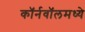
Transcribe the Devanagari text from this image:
कॉर्नवॉलमध्ये